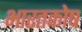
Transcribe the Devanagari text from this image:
भारतकोष